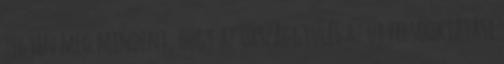
tegyen meg mindent, hogy az Országgyűlés az új felsőoktatási